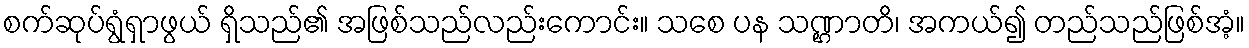
စက်ဆုပ်ရွံရှာဖွယ် ရှိသည်၏ အဖြစ်သည်လည်းကောင်း။ သစေ ပန သဏ္ဌာတိ၊ အကယ်၍ တည်သည်ဖြစ်အံ့။